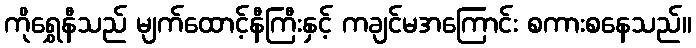
ကိုရွှေနီသည် မျက်ထောင့်နီကြီးနှင့် ကချင်မအကြောင်း စကားစနေသည်။